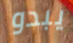
يبدو